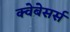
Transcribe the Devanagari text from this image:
क्वेबेसर्स